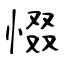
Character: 惙